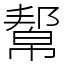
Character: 幚